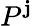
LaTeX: P^{\mathbf{j}}